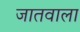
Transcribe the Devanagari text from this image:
जातवाला